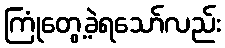
ကြုံတွေ့ခဲ့ရသော်လည်း